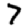
Digit: 7